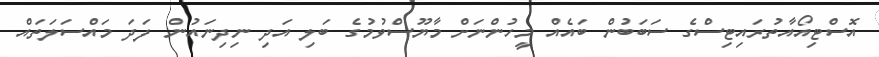
އޮސްޓިއޯއާތުރައިޓިސްގެ ސަބަބުން ބައެއް މީހުންނަށް މާޔޫސްވުމުގެ ބަލި އަދި ނިދިނައުން ފަދަ މައްސަލަތައް